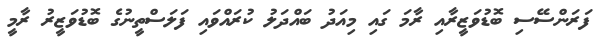
ފަރަންސޭސި ބޮޑުވަޒީރާއި ރާމަ ގައި މިއަދު ބައްދަލު ކުރައްވައި ފަލަސްތީނުގެ ބޮޑުވަޒީރު ރާމީ